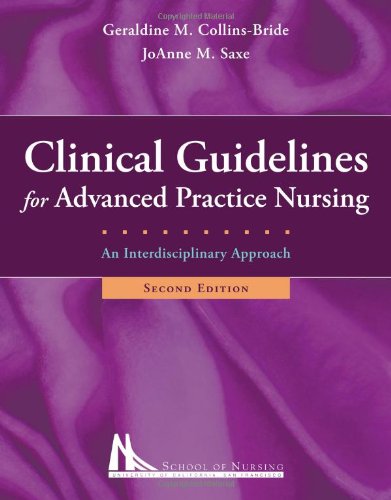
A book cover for Clinical Guidelines For Advanced Practice Nursing: An Interdisciplinary Approach; Geraldine M. Collins-Bride; Medical Books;